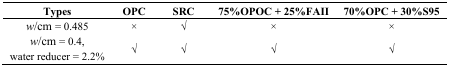
<table><thead><tr><td><b>Types</b></td><td><b>OPC</b></td><td><b>SRC</b></td><td><b>75%OPOC + 25%FAII</b></td><td><b>70%OPC + 30%S95</b></td></tr></thead><tbody><tr><td><i>w</i>/cm = 0.485</td><td>×</td><td>√</td><td>×</td><td>×</td></tr><tr><td><i>w</i>/cm = 0.4, water reducer = 2.2%</td><td>√</td><td>√</td><td>√</td><td>√</td></tr></tbody></table>